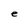
Character: e